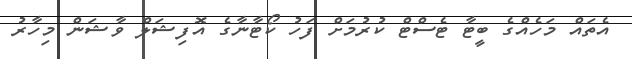
އެތައް މަހެއްގެ ބީޓާ ޓެސްޓް ކުރުމަށް ފަހު ކޯޓާނާގެ އޮފިޝަލް ވާޝަން މިހާރު